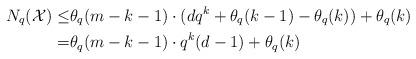
LaTeX: \begin{align*}N_q(\mathcal{X}) \leq & \theta_q(m-k-1)\cdot (dq^k + \theta_q(k-1) -\theta_q(k)) + \theta_q(k)\\ =& \theta_q(m-k-1)\cdot q^k (d-1) + \theta_q(k)\end{align*}